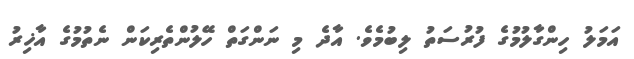
އަމަލު ހިންގާލުމުގެ ފުރުސަތު ލިބުމެވެ. އާދެ މި ނަންގަތް ހޭލުންތެރިކަން ނެތުމުގެ އާޚިރު